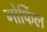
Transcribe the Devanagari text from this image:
गोर्फिल